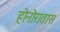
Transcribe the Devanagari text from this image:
होनोरातास